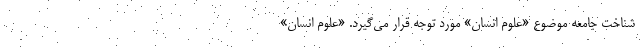
شناخت جامعه موضوع «علوم انسان» مورد توجه قرار می‌گیرد. «علوم انسان»